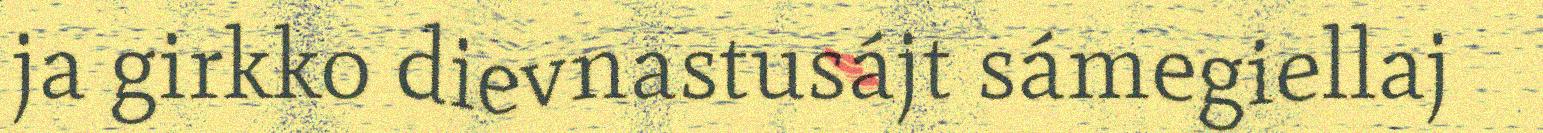
ja girkko dievnastusájt sámegiellaj